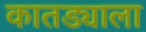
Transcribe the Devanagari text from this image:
कातड्याला